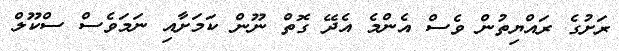
ރަށުގެ ރައްޔިތުން ވެސް އެންމެ އެދޭ ގޮތް ނޫން ކަމަށާއި ނަމަވެސް ސްކޫލް